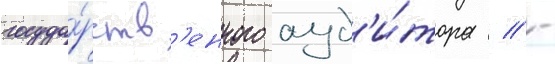
госуда́рств'енного ауд'и́тора // -